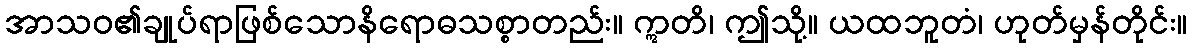
အာသဝ၏ချုပ်ရာဖြစ်သောနိရောဓသစ္စာတည်း။ ဣတိ၊ ဤသို့။ ယထဘူတံ၊ ဟုတ်မှန်တိုင်း။